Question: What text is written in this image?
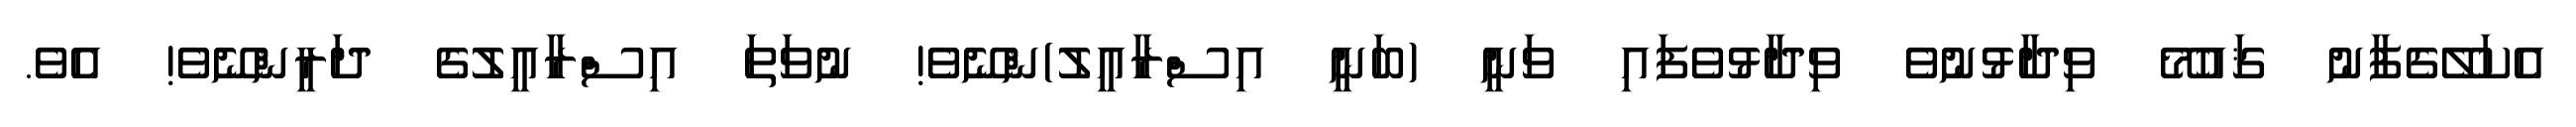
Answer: އެކަލޭގެފާނު ޤައުމޭ ވިދާޅުނުވެ ވިދާޅުވެފައި ވަނީ (ބަނީ އިސްރާއީލު)ންނޭވެ! ނުވަތަ އިސްރާއީލުގެ ދަރީންނޭވެ! އެވެ.